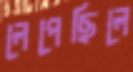
লেপেছিলে